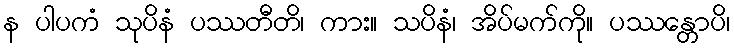
န ပါပကံ သုပိနံ ပဿတီတိ၊ ကား။ သပိနံ၊ အိပ်မက်ကို။ ပဿန္တောပိ၊